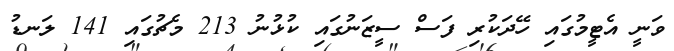
ވަނީ އެޓީމުގައި ހޭދަކުރި ފަސް ސީޒަނުގައި ކުޅުނު 213 މެޗުގައި 141 ލަނޑު